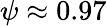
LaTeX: \psi\approx 0.97